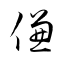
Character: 傔